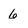
Character: 6